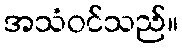
အသံဝင်သည်။